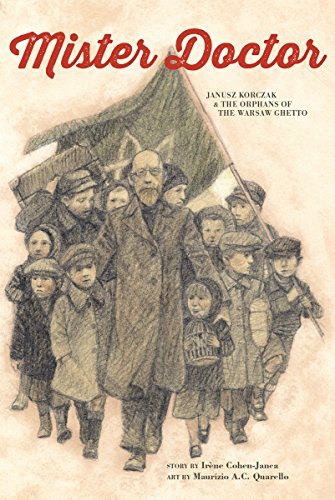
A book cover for Mister Doctor: Janusz Korczak and the Orphans of the Warsaw Ghetto; Irene Cohen-Janca; Children's Books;